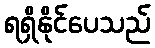
ရရှိနိုင်ပေသည်